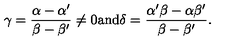
\gamma = { \frac { \alpha - \alpha ^ { \prime } } { \beta - \beta ^ { \prime } } } \neq 0 \mathrm { a n d } \delta = { \frac { \alpha ^ { \prime } \beta - \alpha \beta ^ { \prime } } { \beta - \beta ^ { \prime } } } .